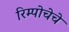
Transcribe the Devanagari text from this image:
रिम्पोचेचे